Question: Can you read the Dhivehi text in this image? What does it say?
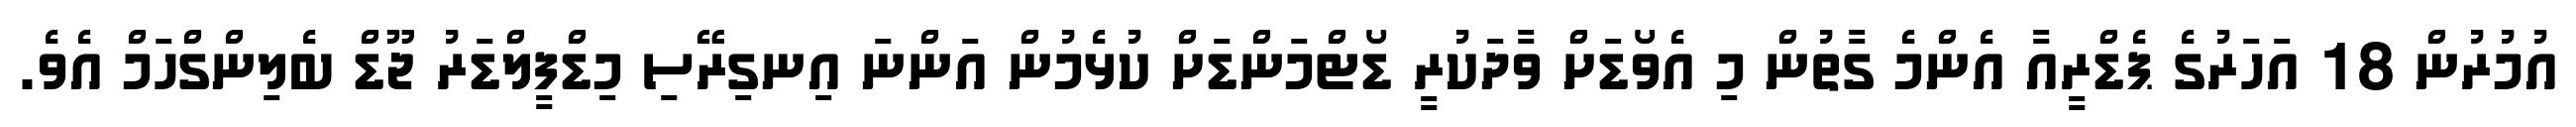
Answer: އުމުރުން 18 އަހަރުގެ ޕެޑްރީއާ އެންމެ ގާތުން މި އެވޯޑަށް ވާދަކުރީ ޑޯޓްމަންޑަށް ކުޅެމުން އަންނަ އިނގިރޭސި މިޑްފީލްޑަރު ޖޫޑް ބެލިންގްހަމް އެވެ.